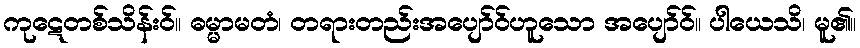
ကုဋေတစ်သိန်းဝ်။ ဓမ္မာမတံ၊ တရားတည်းအပျော်ဝ်ဟူသော အပျော်ဝ်။ ပါယေသိ၊ မူ၏။